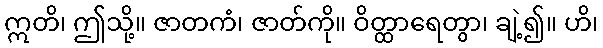
ဣတိ၊ ဤသို့။ ဇာတကံ၊ ဇာတ်ကို။ ဝိတ္ထာရေတွာ၊ ချဲ့၍။ ဟိ၊